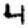
Digit: 4